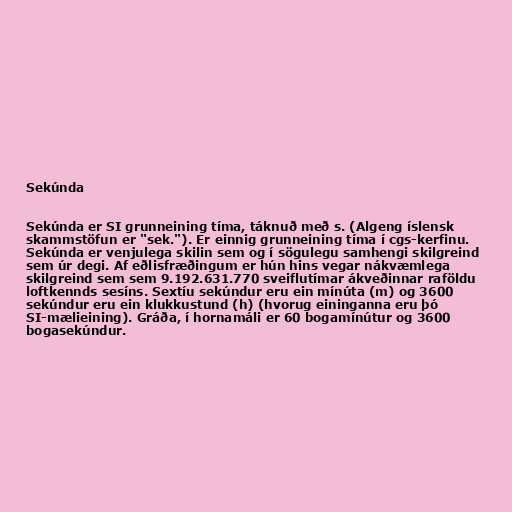
Sekúnda

Sekúnda er SI grunneining tíma, táknuð með s. (Algeng íslensk
skammstöfun er "sek."). Er einnig grunneining tíma í cgs-kerfinu.
Sekúnda er venjulega skilin sem og í sögulegu samhengi skilgreind
sem úr degi. Af eðlisfræðingum er hún hins vegar nákvæmlega
skilgreind sem sem 9.192.631.770 sveiflutímar ákveðinnar raföldu
loftkennds sesíns. Sextíu sekúndur eru ein mínúta (m) og 3600
sekúndur eru ein klukkustund (h) (hvorug eininganna eru þó
SI-mælieining). Gráða, í hornamáli er 60 bogamínútur og 3600
bogasekúndur.